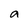
Character: a